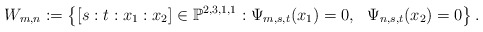
\begin{align*} W_{m,n}:=\left\{[s:t:x_{1}:x_{2}]\in \mathbb{P}^{2,3,1,1}: \Psi_{m,s,t}(x_{1})=0,~~ \Psi_{n,s,t}(x_{2})=0\right\}. \end{align*}